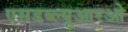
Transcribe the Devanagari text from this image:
एसडब्ल्यूआरओ